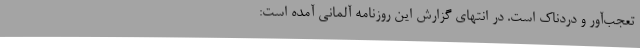
تعجب‌آور و دردناک است. در انتهای گزارش این روزنامه آلمانی آمده است: